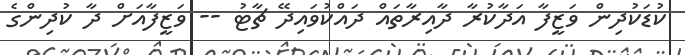
ކުޑަކުދިން ވަޒީފާ އަދާކުރާ ދާއިރާތައް ދައްކުވައިދޭ ޗާޓު -- ވަޒީފާއަށް ދާ ކުދިންގެ